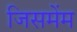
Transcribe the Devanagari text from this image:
जिसमेंम